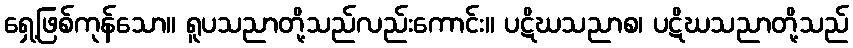
ရှေ့ဖြစ်ကုန်သော။ ရူပသညာတို့သည်လည်းကောင်း။ ပဋိဃသညာစ၊ ပဋိဃသညာတို့သည်